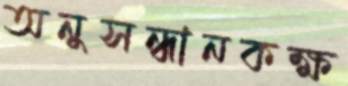
অনুসন্ধানকক্ষ